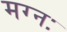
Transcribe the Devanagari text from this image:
मग्नः